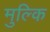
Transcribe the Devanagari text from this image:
मुल्कि